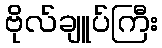
ဗိုလ်ချူပ်ကြီး